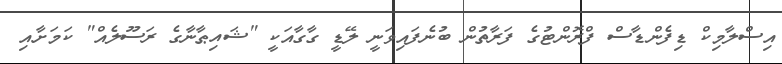
އިސްލާމިކް ޑިފެންޑާސް ފްރޮންޓުގެ ފަރާތުން ބުނެފައިވަނީ ލޭޑީ ގާގާއަކީ "ޝައިޠާނާގެ ރަސޫލެއް" ކަމަށާއި